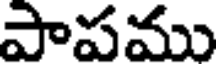
పాపము